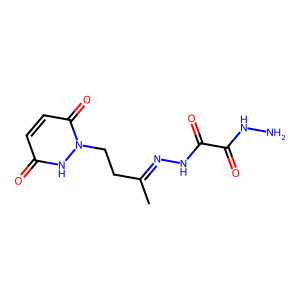
SMILES: CC(CCn1[nH]c(=O)ccc1=O)=NNC(=O)C(=O)NN
Inhibits HIV replication: No